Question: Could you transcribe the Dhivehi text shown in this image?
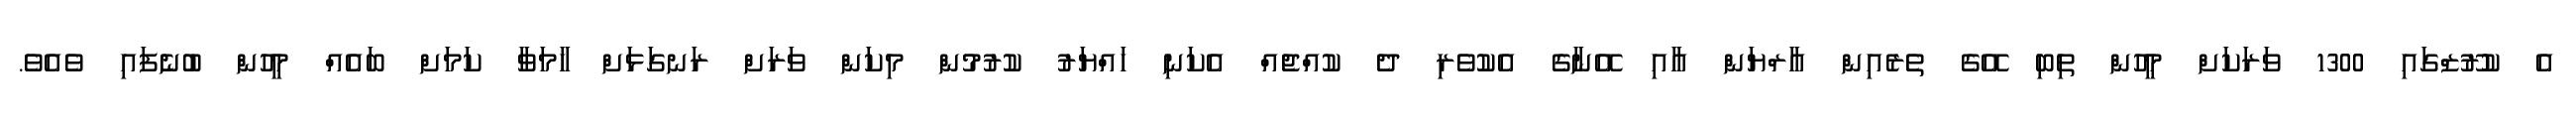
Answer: އެ ކުރޫޒްގައި 1300 ވަރަކަށް މީހުން ތިބި އޭގެ ތެރެއިން އާރްޔަން އާއި އޭނާގެ އެކުވެރި ދެ ކުއްޖެއް އެކަނި ހައްޔަރު ކުރުމުން މިކަން ވަރަށް ރަނގަޅަށް ހާމަވާ ކަމަށް ބައެއް މީހުން ބުނެފައި ވެއެވެ.